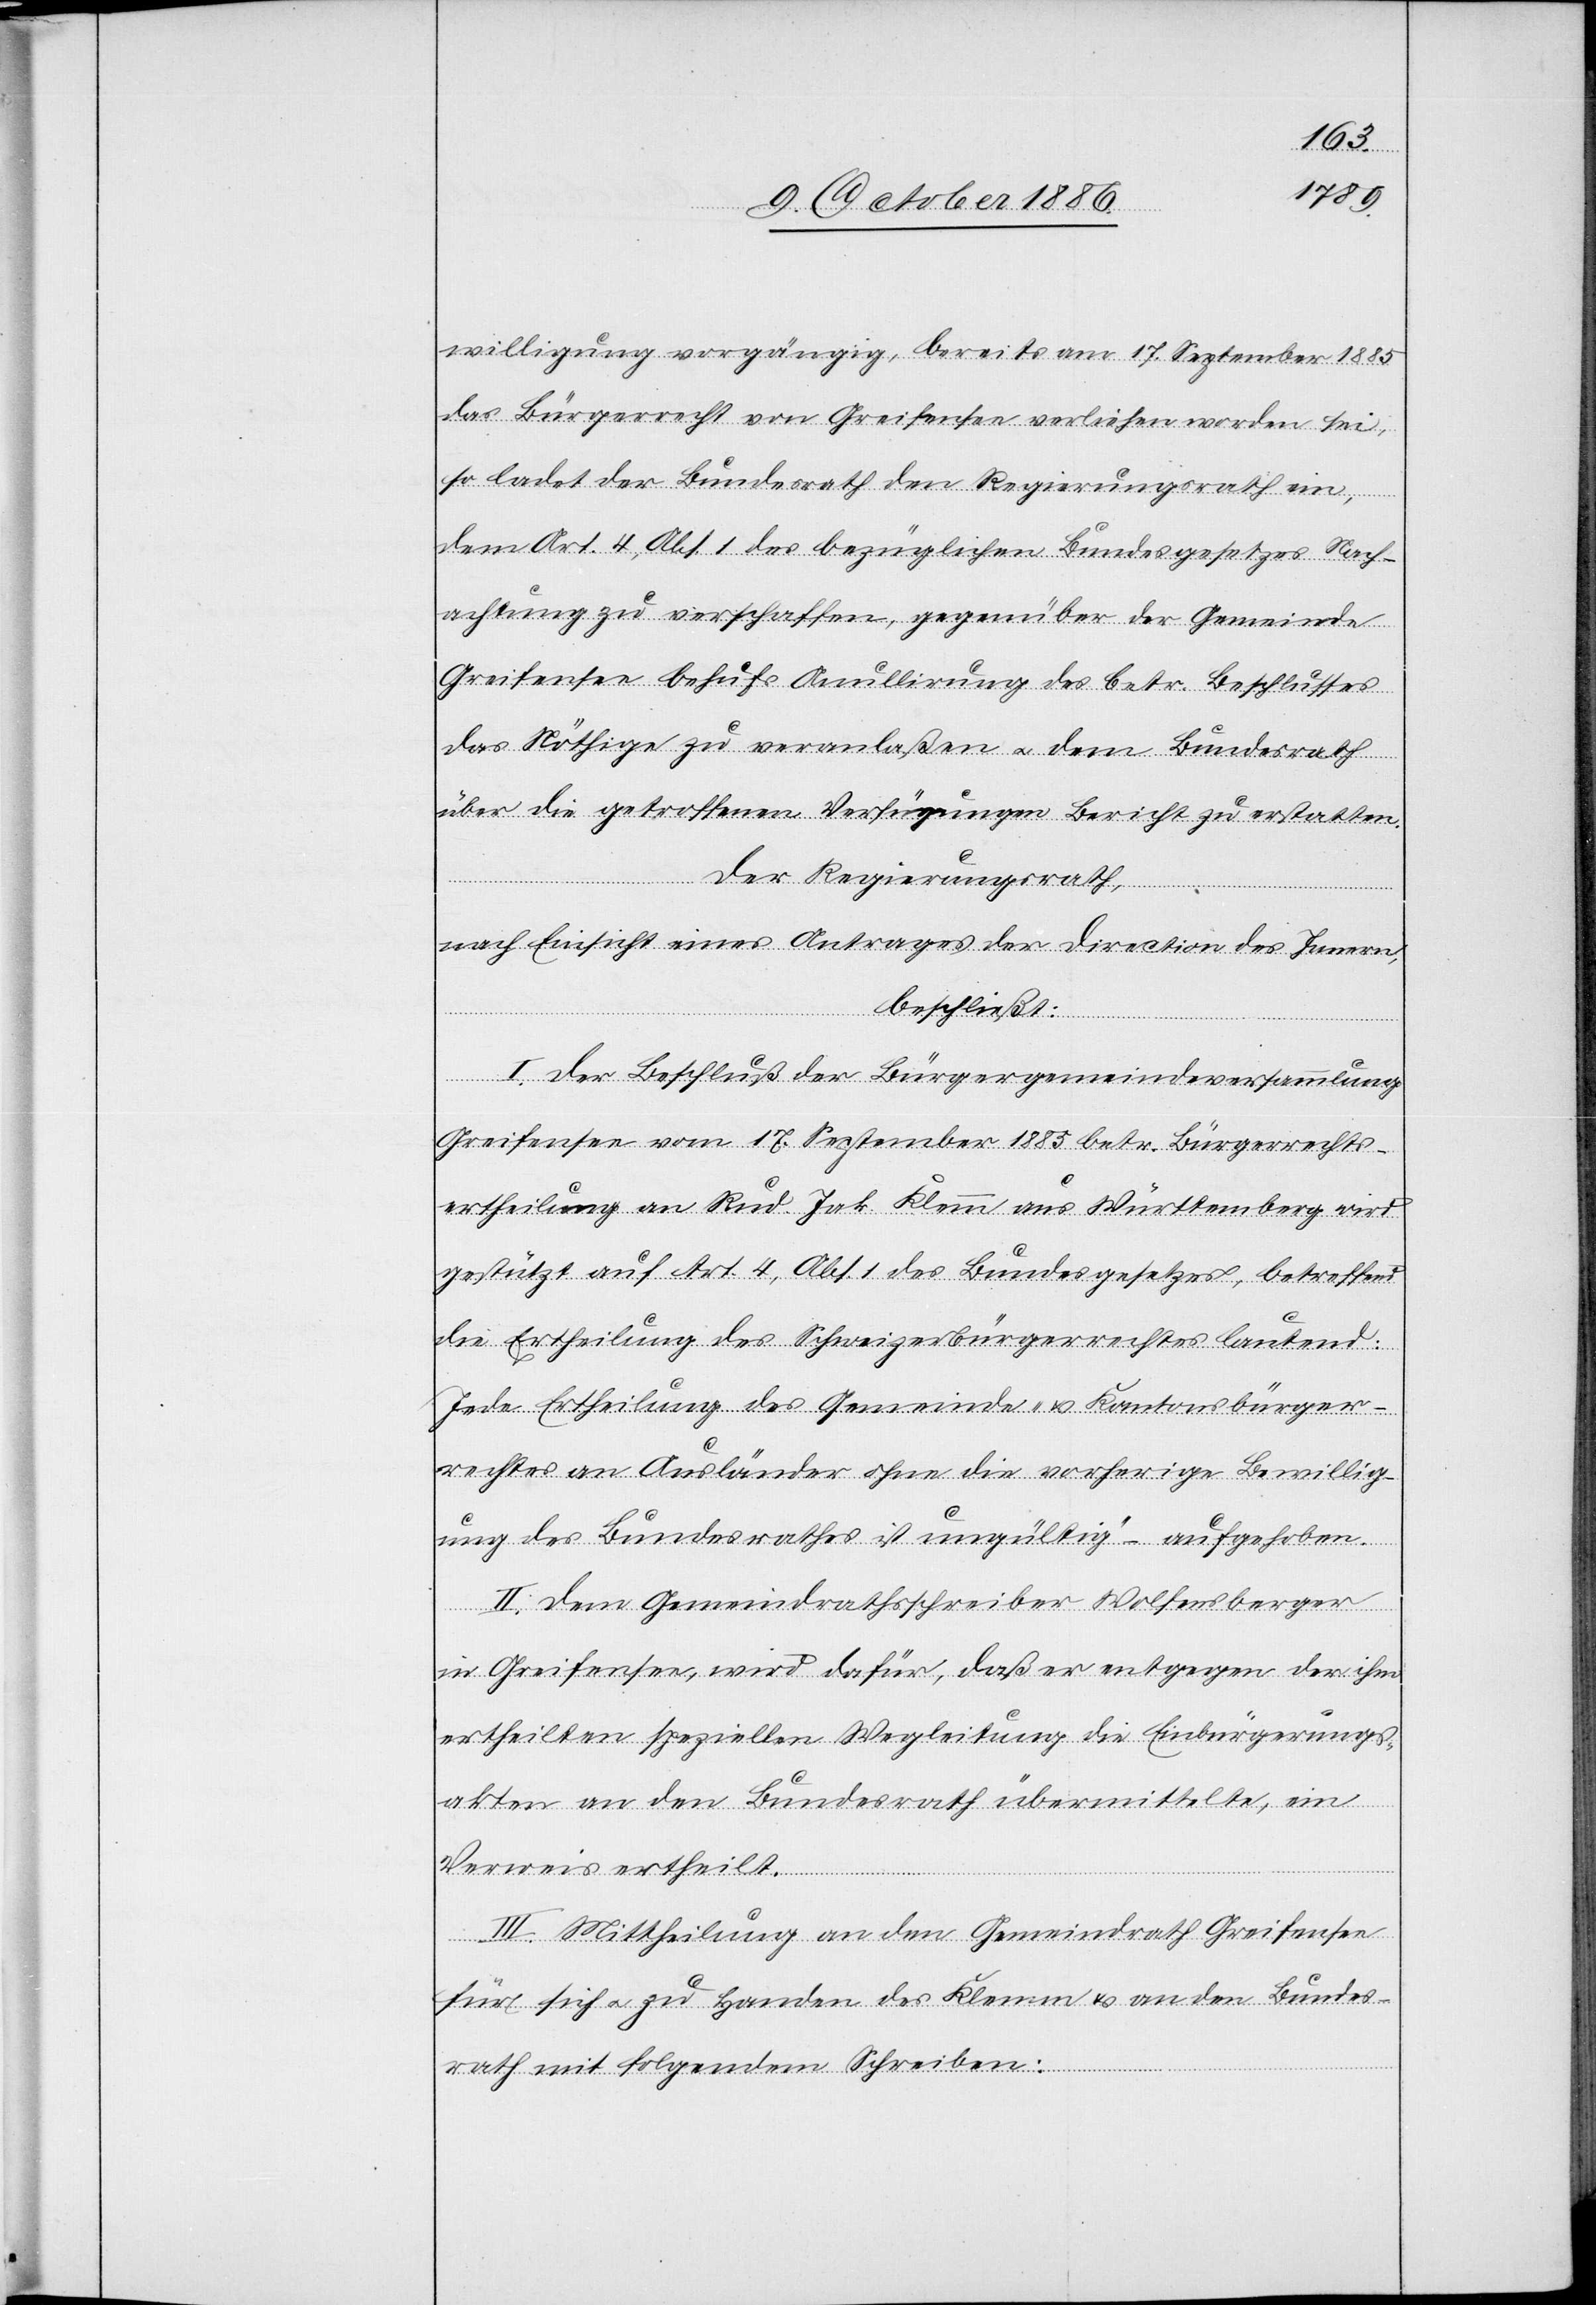
willigung vorgängig, bereits am 17. September 1885
das Bürgerrecht von Greifensee verliehen worden sei,
so ladet der Bundesrath den Regierungsrath ein,
dem Art. 4, Abs. 1 des bezüglichen Bundesgesetzes Nach¬
achtung zu verschaffen, gegenüber der Gemeinde
Greifensee behufs Anullirung des betr. Beschlusses
das Nöthige zu veranlaßen & dem Bundesrath
über die getroffenen Verfügungen Bericht zu erstatten.
Der Regierungsrath,
nach Einsicht eines Antrages der Direction des Innern,
beschließt:
I. Der Beschluß der Bürgergemeindeversammlung
Greifensee vom 17. September 1885 betr. Bürgerrechts¬
ertheilung an Rud. Jak. Klemm aus Württemberg wird
gestützt auf Art. 4, Abs. 1 des Bundesgesetzes, betreffend
die Ertheilung des Schweizerbürgerrechtes lautend:
„Jede Ertheilung des Gemeinde- & Kantonsbürger¬
rechtes an Ausländer ohne die vorherige Bewillig¬
ung des Bundesrathes ist ungültig“ – aufgehoben.
II. Dem Gemeindrathsschreiber Wolfensberger
in Greifensee, wird dafür, daß er entgegen der ihm
ertheilten speziellen Wegleitung die Einbürgerungs¬
akten an den Bundesrath übermittelte, ein
Verweis ertheilt.
III. Mittheilung an den Gemeindrath Greifensee
für sich & zu Handen des Klemm & an den Bundes¬
rath mit folgendem Schreiben: